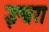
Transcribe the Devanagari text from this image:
इश्वरा